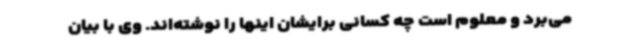
می‌برد و معلوم است چه کسانی برایشان اینها را نوشته‌اند. وی با بیان